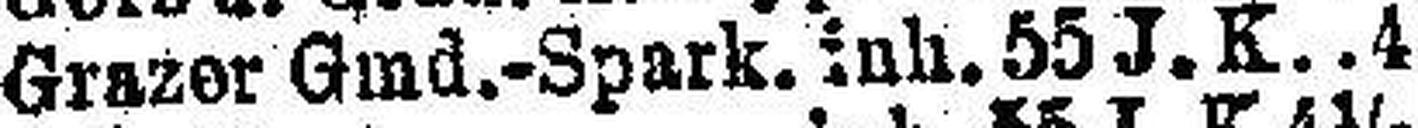
Grazer Gmd.-Spark. inh. 55 J. K 4